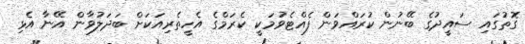
ގޮތުގައި ސައީދުގެ ބޭނުން ކުރައްވަން ފެއްޓެވުމަކީ ކެރަމްގެ އެހީތެރިއަކަށް ބަދަލުވާން އޭނާ އެޅި